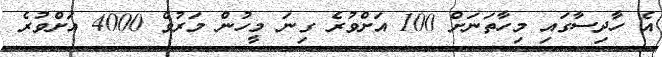
އެ ހާދިސާގައި މިހާތަނަށް 100 އަށްވުރެ ގިނަ މީހުން މަރުވެ 4000 އަށްވުރެ